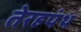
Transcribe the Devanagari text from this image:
तेरहपंथ